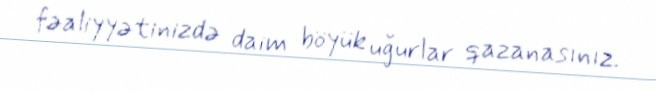
fəaliyyətinizdə daim böyük uğurlar qazanasınız.